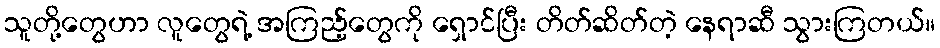
သူတို့တွေဟာ လူတွေရဲ့ အကြည့်တွေကို ရှောင်ပြီး တိတ်ဆိတ်တဲ့ နေရာဆီ သွားကြတယ်။